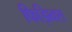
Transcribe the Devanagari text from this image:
फिझिक्स